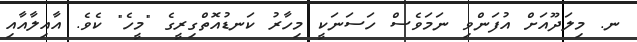
ނ. މިލަދޫއަށް އުފަންވި ނަމަވެސް ހަސަނަކީ މިހާރު ކަނޑުއޮތްގިރީގެ "މީހެ" ކެވެ. އާއިލާއާއި